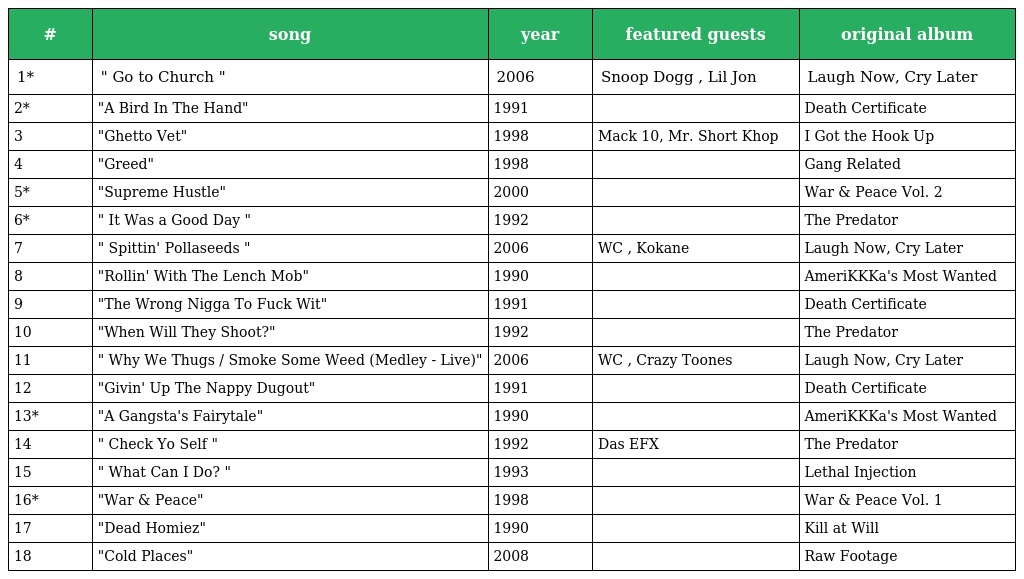
| # | song | year | featured guests | original album |
 | --- | --- | --- | --- | --- |
 | 1* | " Go to Church " | 2006 | Snoop Dogg , Lil Jon | Laugh Now, Cry Later |
 | 2* | "A Bird In The Hand" | 1991 |  | Death Certificate |
 | 3 | "Ghetto Vet" | 1998 | Mack 10, Mr. Short Khop | I Got the Hook Up |
 | 4 | "Greed" | 1998 |  | Gang Related |
 | 5* | "Supreme Hustle" | 2000 |  | War & Peace Vol. 2 |
 | 6* | " It Was a Good Day " | 1992 |  | The Predator |
 | 7 | " Spittin' Pollaseeds " | 2006 | WC , Kokane | Laugh Now, Cry Later |
 | 8 | "Rollin' With The Lench Mob" | 1990 |  | AmeriKKKa's Most Wanted |
 | 9 | "The Wrong Nigga To Fuck Wit" | 1991 |  | Death Certificate |
 | 10 | "When Will They Shoot?" | 1992 |  | The Predator |
 | 11 | " Why We Thugs / Smoke Some Weed (Medley - Live)" | 2006 | WC , Crazy Toones | Laugh Now, Cry Later |
 | 12 | "Givin' Up The Nappy Dugout" | 1991 |  | Death Certificate |
 | 13* | "A Gangsta's Fairytale" | 1990 |  | AmeriKKKa's Most Wanted |
 | 14 | " Check Yo Self " | 1992 | Das EFX | The Predator |
 | 15 | " What Can I Do? " | 1993 |  | Lethal Injection |
 | 16* | "War & Peace" | 1998 |  | War & Peace Vol. 1 |
 | 17 | "Dead Homiez" | 1990 |  | Kill at Will |
 | 18 | "Cold Places" | 2008 |  | Raw Footage |